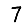
Digit: 7